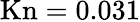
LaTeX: \mathrm{{Kn=0.031}}